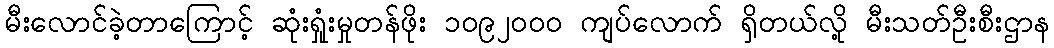
မီးလောင်ခဲ့တာကြောင့် ဆုံးရှုံးမှုတန်ဖိုး ၁၀၉၂၀၀၀ ကျပ်လောက် ရှိတယ်လို့ မီးသတ်ဦးစီးဌာန